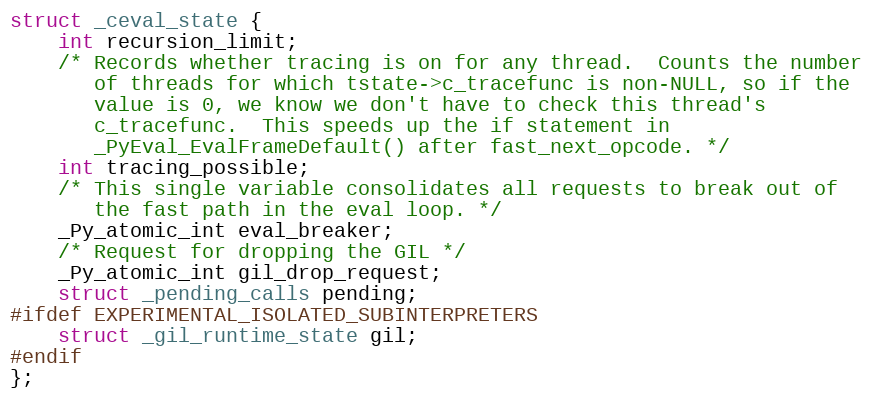
Language: C
struct _ceval_state {
    int recursion_limit;
    /* Records whether tracing is on for any thread.  Counts the number
       of threads for which tstate->c_tracefunc is non-NULL, so if the
       value is 0, we know we don't have to check this thread's
       c_tracefunc.  This speeds up the if statement in
       _PyEval_EvalFrameDefault() after fast_next_opcode. */
    int tracing_possible;
    /* This single variable consolidates all requests to break out of
       the fast path in the eval loop. */
    _Py_atomic_int eval_breaker;
    /* Request for dropping the GIL */
    _Py_atomic_int gil_drop_request;
    struct _pending_calls pending;
#ifdef EXPERIMENTAL_ISOLATED_SUBINTERPRETERS
    struct _gil_runtime_state gil;
#endif
};